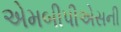
એમબીપીએસની